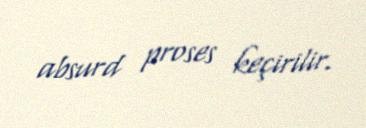
absurd proses keçirilir.